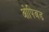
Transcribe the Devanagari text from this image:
ओपिअड